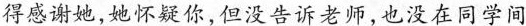
得感谢她,她怀疑你,但没告诉老师,也没在同学间